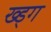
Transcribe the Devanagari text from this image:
ख्ड्ग